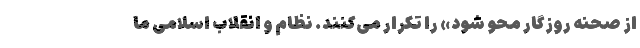
از صحنه روزگار محو شود» را تکرار می‌کنند. نظام و انقلاب اسلامی ما